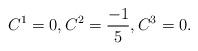
LaTeX: \begin{align*}C^1=0, C^2 =\frac{-1}{5}, C^3=0.\end{align*}